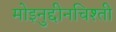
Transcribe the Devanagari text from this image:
मोइनुद्दीनचिश्ती